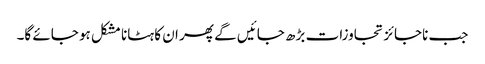
جب ناجائز تجاوزات بڑھ جائیں گے پھر ان کا ہٹانا مشکل ہو جائے گا۔